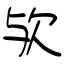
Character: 欤